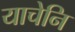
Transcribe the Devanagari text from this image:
याचेनि